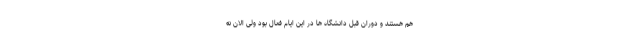
هم هستند و دوران قبل دانشگاه ها در این ایام فعال بود ولی الان نه